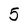
Character: 5